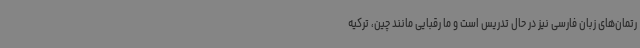
رتمان‌های زبان فارسی نیز در حال تدریس است و ما رقبایی مانند چین، ترکیه